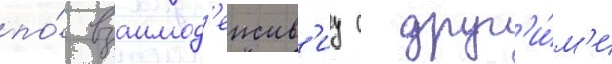
по́ взаимод'еиств'иу с друг'и́м'и